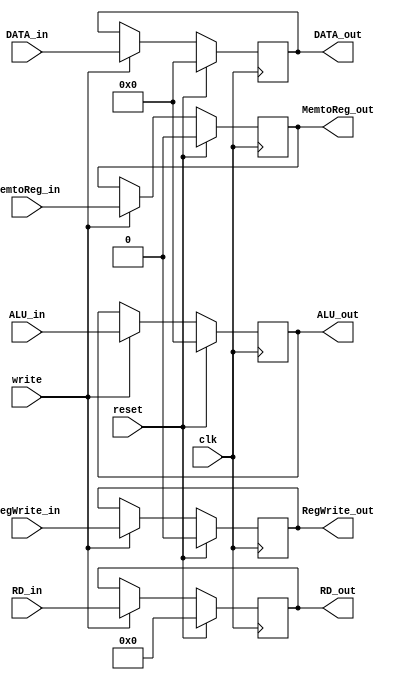
`timescale 1ns / 1ps
//////////////////////////////////////////////////////////////////////////////////
// Company: 
// Engineer: 
// 
// Design Name: 
// Module Name: MEM_WB_pipe
// Project Name: 
// Target Devices: 
// Tool Versions: 
// Description: 
// 
// Dependencies: 
// 
// Revision:
// Revision 0.01 - File Created
// Additional Comments:
// 
//////////////////////////////////////////////////////////////////////////////////


module MEM_WB_reg(input clk,
              input reset,
              input write,
              
              input [4:0] RD_in,
              input [31:0] ALU_in,
              input [31:0] DATA_in,
              
              // control
              input RegWrite_in,
              input MemtoReg_in,
             
              output reg [4:0] RD_out,
              output reg [31:0] ALU_out,
              output reg [31:0] DATA_out,
              
              // control
              output reg RegWrite_out,
              output reg MemtoReg_out);
    
     always@(posedge clk) begin
        if (reset) begin 
            RD_out <= 5'b0;
            ALU_out <= 32'b0;
            DATA_out <= 32'b0;
         
            // control
            RegWrite_out <= 0;
            MemtoReg_out <= 0;
        end 
        
        else begin 
           if (write) begin 
             RD_out <= RD_in;
             ALU_out <= ALU_in;
             DATA_out <= DATA_in;
             
             // control
             RegWrite_out <= RegWrite_in;
             MemtoReg_out <= MemtoReg_in;
           end
        end 
     end         
endmodule